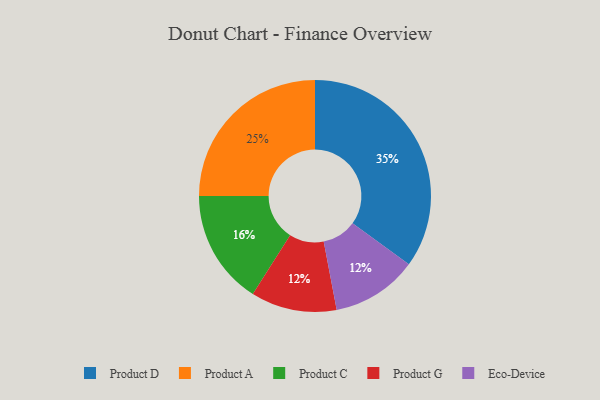
{"axis": {"x": "Category", "y": "Percentage"}, "legend": ["Eco-Device", "Product A", "Product C", "Product D", "Product G"], "data": [{"x": "Product A", "y": 25, "type": "Product A"}, {"x": "Product D", "y": 35, "type": "Product D"}, {"x": "Product G", "y": 12, "type": "Product G"}, {"x": "Product C", "y": 16, "type": "Product C"}, {"x": "Eco-Device", "y": 12, "type": "Eco-Device"}]}